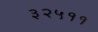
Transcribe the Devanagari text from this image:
३२५११